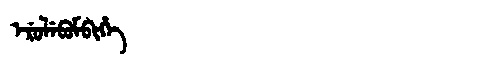
Manchu: ᡝᡵᡠᠯᡝᠪᡠᠮᠪᡳᡥᡝ
Romanization: ERULEBUMBIHE